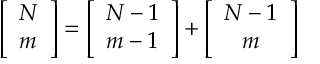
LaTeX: \left[ \begin{array} { c } { { N } } \\ { { m } } \end{array} \right] = \left[ \begin{array} { c } { { N - 1 } } \\ { { m - 1 } } \end{array} \right] + \left[ \begin{array} { c } { { N - 1 } } \\ { { m } } \end{array} \right]